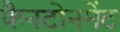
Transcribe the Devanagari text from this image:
कैनटोनमेंट